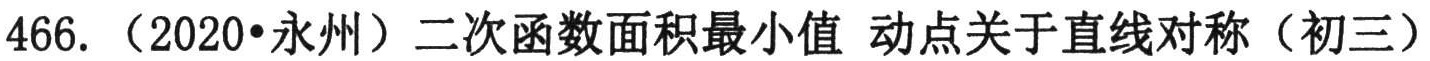
466.（2020•永州）二次函数面积最小值 动点关于直线对称（初三）